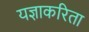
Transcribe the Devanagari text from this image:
यज्ञाकरिता